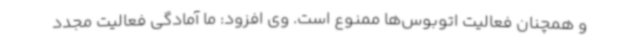
و همچنان فعالیت اتوبوس‌ها ممنوع است. وی افزود: ما آمادگی فعالیت مجدد